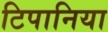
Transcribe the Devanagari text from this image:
टिपानिया